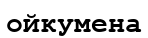
ойкумена